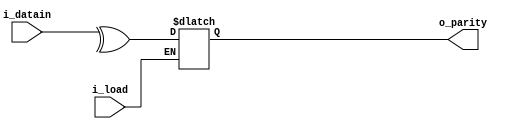
module parity_gen(
i_datain,i_load,o_parity);
	input [7:0]i_datain;
	input i_load;
	output reg o_parity;
   always@(i_load,i_datain)
	begin
		if(i_load)
			o_parity=^(i_datain);
	end
endmodule